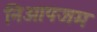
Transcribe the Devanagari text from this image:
निओपजम